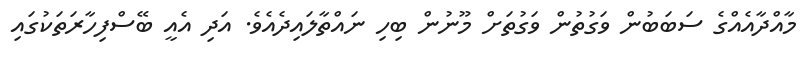
މާއްދާއެއްގެ ސަބަބުން ވަގުތުން ވަގުތަށް މޫނުން ބިހި ނައްތާލައިދެއެވެ. އަދި އެއީ ބޭސްފިހާރަތަކުގައި